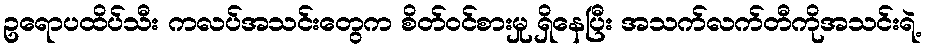
ဥရောပထိပ်သီး ကလပ်အသင်းတွေက စိတ်ဝင်စားမှု ရှိနေပြီး အသက်လက်တီကိုအသင်းရဲ့